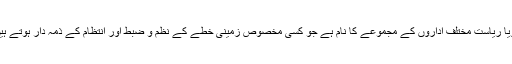
گویا ریاست مختلف اداروں کے مجموعے کا نام ہے جو کسی مخصوص زمینی خطّے کے نظم و ضبط اور انتظام کے ذمّہ دار ہوتے ہیں۔